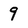
Character: 9